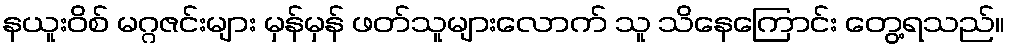
နယူးဝိစ် မဂ္ဂဇင်းများ မှန်မှန် ဖတ်သူများလောက် သူ သိနေကြောင်း တွေ့ရသည်။